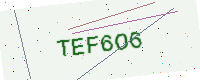
Text: TEF6O6